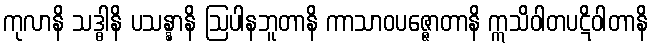
ကုလာနိ သဒ္ဓါနိ ပသန္နာနိ ဩပါနဘူတာနိ ကာသာဝပဇ္ဇောတာနိ ဣသိဝါတပဋိဝါတာနိ